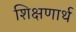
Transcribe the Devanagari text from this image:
शिक्षणार्थ